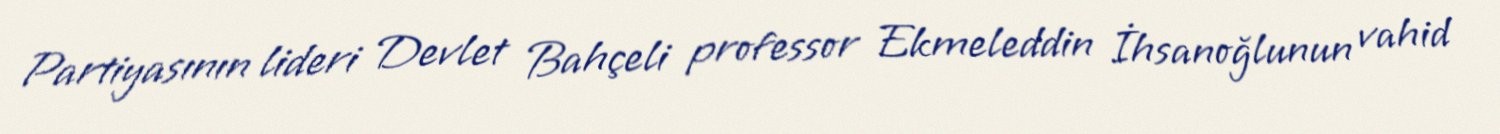
Partiyasının lideri Devlet Bahçeli professor Ekmeleddin İhsanoğlunun vahid